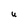
Character: u